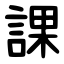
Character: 課